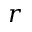
r